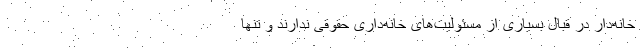
خانه‌دار در قبال بسیاری از مسئولیت‌های خانه‌داری حقوقی ندارند و تنها